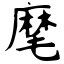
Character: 麾